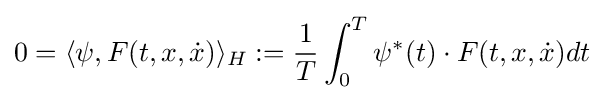
0=\langle \psi ,F(t,x,{\dot {x}})\rangle _{H}:={\frac {1}{T}}\int _{0}^{T}\psi ^{*}(t)\cdot F(t,x,{\dot {x}})dt